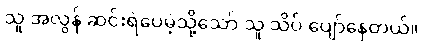
သူ အလွန် ဆင်းရဲပေမဲ့သို့သော် သူ သိပ် ပျော်နေတယ်။